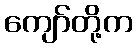
ကျော်တို့က